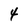
Character: 4